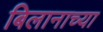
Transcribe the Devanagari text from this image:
बिलानाच्या